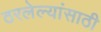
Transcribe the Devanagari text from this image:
ठरलेल्यांसाठी